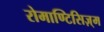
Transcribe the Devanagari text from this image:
रोमाण्टिसिज़्म